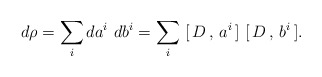
\begin{align*}d \rho = \sum_i da^i \,\, db^i =\sum _i \,\,[\,D\,,\,a^i\,]\,\,[\,D\,,\,b^i\,].\end{align*}